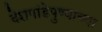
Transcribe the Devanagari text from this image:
देशपांडेपुण्याच्या